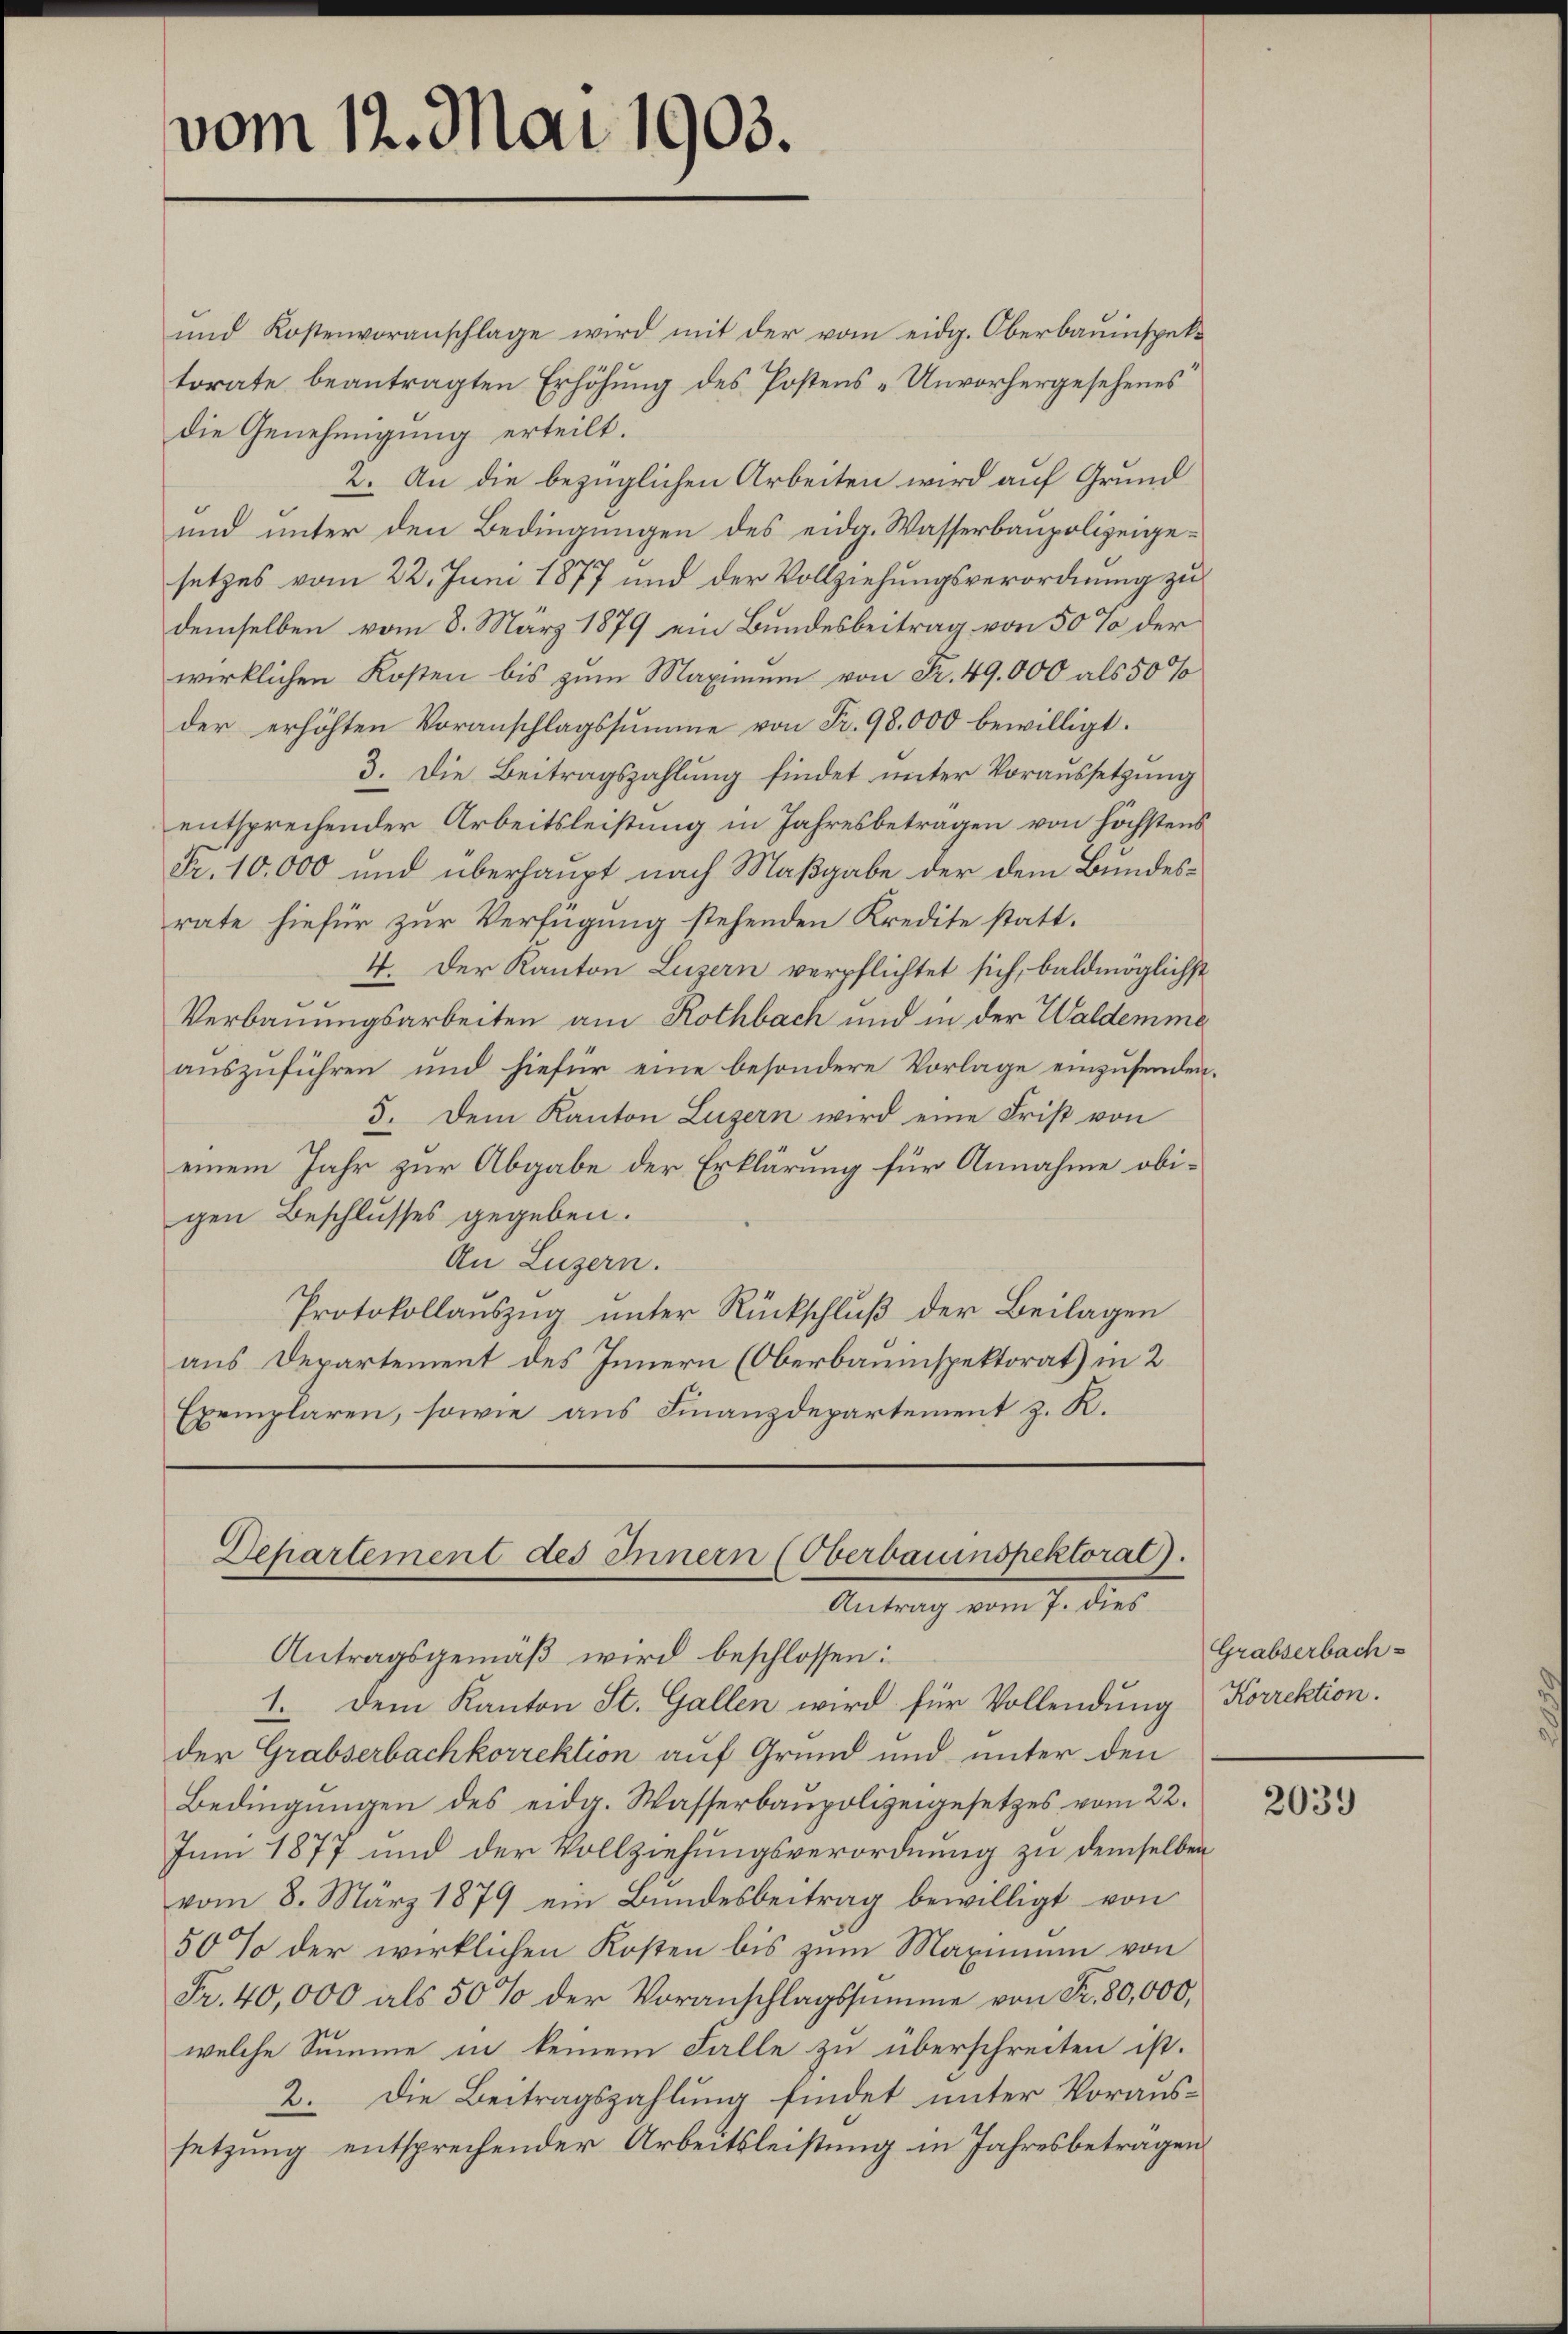
vom 12. Mai 1903.

und Kostenvoranschlage wird mit der vom eidg. Oberbauinspektorate beantragten Erhöhung des Postens-Unvorhergesehenes
die Genehmigung erteilt.
2. An die bezüglichen Arbeiten wird auf Grund
und unter den Bedingungen des eidg. Wasserbaupolizeigesetzes vom 22. Juni 1877 und der Vollziehungsverordnung zu
demselben vom 8. März 1879 ein Bundesbeitrag von 50 % der
wirklichen Kosten bis zum Maximum von Fr. 49,000 als 50%
der erhöhten Voranschlagssumme von Fr. 98.000 bewilligt.
3. Die Beitragszahlung findet unter Voraussetzung
entsprechender Arbeitsleistung in Jahresbetragen von höchstens
Fr. 10,000 und überhaupt nach Maßgabe der dem Bundesrate hiefür zur Verfügung stehenden Kredite statt.
4. Der Kanton Luzern verpflichtet sich, baldmöglichst
Verbauungsarbeiten am Rothbach und in der Waldemme
auszuführen und hiefür eine besondere Vorlage einzusenden.
5. Dem Kanton Luzern wird eine Frist von
einem Jahr zur Abgabe der Erklärung für Annahme obigen Beschlusses gegeben.
An Luzern.
Protokollauszug unter Rückschluß der Beilagen
aus Departement des Innern (Oberbauinspektorat) in 2
Exemplaren, sowie aus Finanzdepartement z. R.

Departement des Innern (Oberbauinspektorat.
Antrag vom 7. dies
Antragsgemäß wird beschlossen:

1. Dem Kanton St. Gallen wird für Vollendung Korrektion.
der Grabserbachkorrektion auf Grund und unter den
Bedingungen des eidg. Wasserbaupolizeigesetzes vom 22.
Juni 1877 und der Vollziehungsverordnung zu demselben
vom 8. März 1879 ein Bundesbeitrag bewilligt von
50% der wirklichen Kosten bis zum Maximum von
Fr. 40,000 als 50% der Voranschlagssumme von Fr. 80,000,
welche Summe in keinem Falle zu überschreiten ist.
2. Die Beitragszahlung findet unter Voraussetzung entsprechender Arbeitsleistung in Jahresbetragen

Grabserbach-

2039